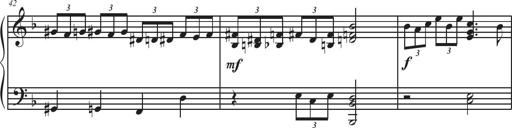
Title: Sonatina Espania
Composer: Jerald Franklin Archer
Key: Various